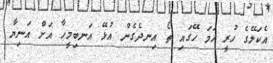
އެކަލޭގެ ހުރީ ހަމަ ހޭގައި ތޯ އިނދެގެން އުޅޭ އަނބިމީހާ އަށް އަނިޔާ